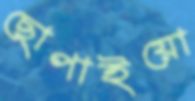
ছোপাইয়ো